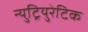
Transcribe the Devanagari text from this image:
न्युट्रियुरेटिक